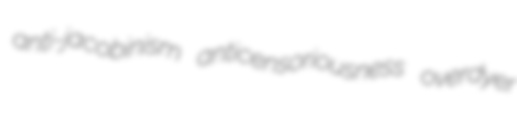
anti-jacobinism anticensoriousness overdyer